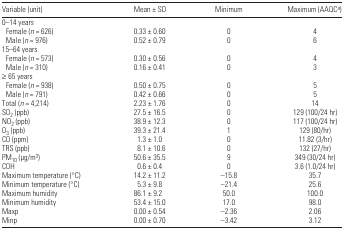
<table><thead><tr><td><b>Variable (unit)</b></td><td><b>Mean ± SD</b></td><td><b>Minimum</b></td><td><b>Maximum (AAQC<i><sup>a</sup></i>)</b></td></tr></thead><tbody><tr><td colspan="4">0–14 years</td></tr><tr><td> Female (<i>n</i> = 626)</td><td>0.33 ± 0.60</td><td>0</td><td>4</td></tr><tr><td> Male (<i>n</i> = 976)</td><td>0.52 ± 0.79</td><td>0</td><td>6</td></tr><tr><td colspan="4">15–64 years</td></tr><tr><td> Female (<i>n</i> = 573)</td><td>0.30 ± 0.56</td><td>0</td><td>4</td></tr><tr><td> Male (<i>n</i> = 310)</td><td>0.16 ± 0.41</td><td>0</td><td>3</td></tr><tr><td colspan="4">≥ 65 years</td></tr><tr><td> Female (<i>n</i> = 938)</td><td>0.50 ± 0.75</td><td>0</td><td>5</td></tr><tr><td> Male (<i>n</i> = 791)</td><td>0.42 ± 0.66</td><td>0</td><td>5</td></tr><tr><td>Total (<i>n</i> = 4,214)</td><td>2.23 ± 1.76</td><td>0</td><td>14</td></tr><tr><td>SO<sub>2</sub> (ppb)</td><td>27.5 ± 16.5</td><td>0</td><td>129 (100/24 hr)</td></tr><tr><td>NO<sub>2</sub> (ppb)</td><td>38.9 ± 12.3</td><td>0</td><td>117 (100/24 hr)</td></tr><tr><td>O<sub>3</sub> (ppb)</td><td>39.3 ± 21.4</td><td>1</td><td>129 (80/hr)</td></tr><tr><td>CO (ppm)</td><td>1.3 ± 1.0</td><td>0</td><td>11.82 (3/hr)</td></tr><tr><td>TRS (ppb)</td><td>8.1 ± 10.6</td><td>0</td><td>132 (27/hr)</td></tr><tr><td>PM<sub>10</sub> (μg/m<sup>3</sup>)</td><td>50.6 ± 35.5</td><td>9</td><td>349 (30/24 hr)</td></tr><tr><td>COH</td><td>0.6 ± 0.4</td><td>0</td><td>3.6 (1.0/24 hr)</td></tr><tr><td>Maximum temperature (°C)</td><td>14.2 ± 11.2</td><td>−15.8</td><td>35.7</td></tr><tr><td>Minimum temperature (°C)</td><td>5.3 ± 9.8</td><td>−21.4</td><td>25.6</td></tr><tr><td>Maximum humidity</td><td>86.1 ± 9.2</td><td>50.0</td><td>100.0</td></tr><tr><td>Minimum humidity</td><td>53.4 ± 15.0</td><td>17.0</td><td>98.0</td></tr><tr><td>Maxp</td><td>0.00 ± 0.54</td><td>−2.36</td><td>2.06</td></tr><tr><td>Minp</td><td>0.00 ± 0.70</td><td>−3.42</td><td>3.12</td></tr></tbody></table>